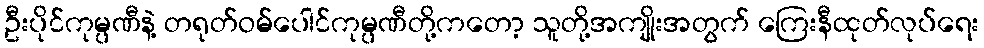
ဦးပိုင်ကုမ္ပဏီနဲ့ တရုတ်ဝမ်ပေါင်ကုမ္ပဏီတို့ကတော့ သူတို့အကျိုးအတွက် ကြေးနီထုတ်လုပ်ရေး